Indian journal of veterinary science and animal husbandry - Volumes 15-17, 1948-1951
Year: 1948
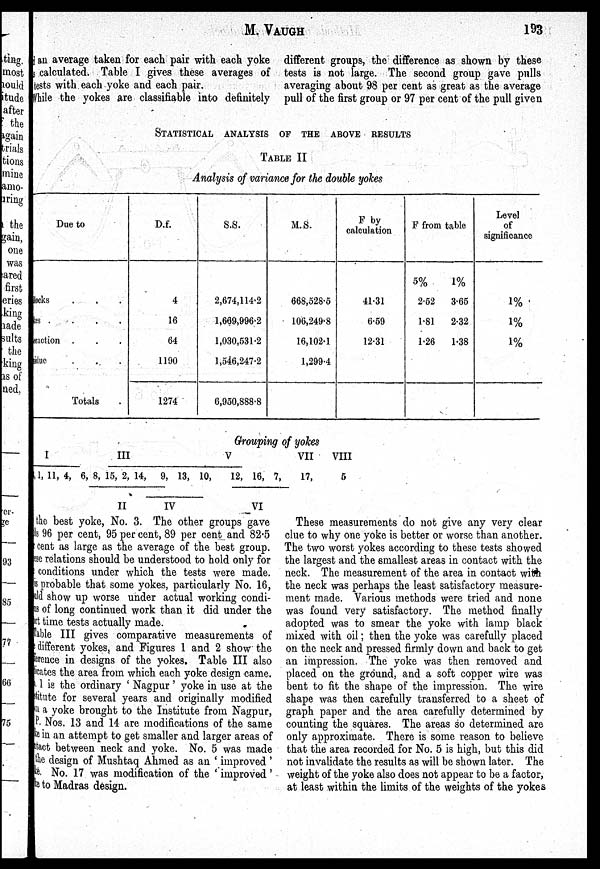
M.
VAUGH
193
an average taken for each pair with each yoke
calculated. Table I gives these averages of
tests with each yoke and each pair.
While the yokes are classifiable into definitely
different groups, the difference as shown by these
tests is not large. The second group gave pulls
averaging about 98 per cent as great as the average
pull of the first group or 97 per cent of the pull given
STATISTICAL ANALYSIS OF THE ABOVE RESULTS
TABLE II
Analysis of variance for the double yokes
Due to
Blocks
kes .
eraction
sidue
Totals
D.f.
4
16
64
1190
1274
S.S.
2,674,114.2
1,669,996.2
1,030,531.2
1,546,247.2
6,950,888.8
M.S.
668,528.5
106,249.8
16,102.1
1,299.4
F by
calculation
41.31
6.59
12.31
F from table
5%
2.52
1.81
1.26
1%
3.65
2.32
1.38
Level
of
significance
1%
1%
1%
Grouping of yokes
I
,1, 11, 4,
III
6, 8, 15, 2, 14,
II
9, 13, 10,
IV
V
12, 16, 7,
VI
VII
17,
VIII
5
the best yoke, No. 3. The other groups gave
ils 96 per cent, 95 per cent, 89 per cent and 82.5
cent as large as the average of the best group.
ese relations should be understood to hold only for
conditions under which the tests were made.
i s probable that some yokes, particularly No. 16,
uld show up worse under actual working condi-
ns of long continued work than it did under the
part time tests actually made.
Table III gives comparative measurements of
a different yokes, and Figures 1 and 2 show the
difference in designs of the yokes. Table III also
indicates the area from which each yoke design came.
1 is the ordinary 'Nagpur' yoke in use at the
stitute for several years and originally modified
m a yoke brought to the Institute from Nagpur,
P. Nos. 13 and 14 are modifications of the same
ke in an attempt to get smaller and larger areas of
ntact between neck and yoke. No. 5 was made
the design of Mushtaq Ahmed as an 'improved'
ke No. 17 was modification of the 'improved'
ke to Madras design.
These measurements do not give any very clear
clue to why one yoke is better or worse than another.
The two worst yokes according to these tests showed
the largest and the smallest areas in contact with the
neck. The measurement of the area in contact with
the neck was perhaps the least satisfactory measure-
ment made. Various methods were tried and none
was found very satisfactory. The method finally
adopted was to smear the yoke with lamp black
mixed with oil; then the yoke was carefully placed
on the neck and pressed firmly down and back to get
an impression. The yoke was then removed and
placed on the ground, and a soft copper wire was
bent to fit the shape of the impression. The wire
shape was then carefully transferred to a sheet of
graph paper and the area carefully determined by
counting the squares. The areas so determined are
only approximate. There is some reason to believe
that the area recorded for No. 5 is high, but this did
not invalidate the results as will be shown later. The
weight of the yoke also does not appear to be a factor,
at least within the limits of the weights of the yokes